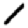
Digit: 1